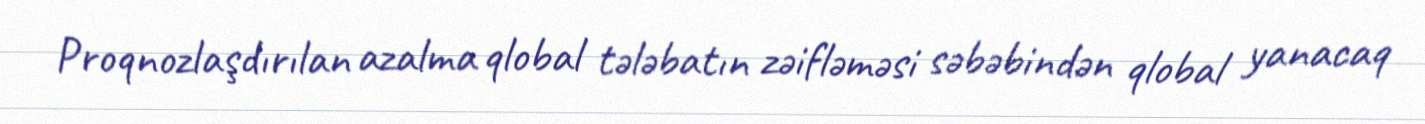
Proqnozlaşdırılan azalma qlobal tələbatın zəifləməsi səbəbindən qlobal yanacaq